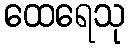
ထေရေသု